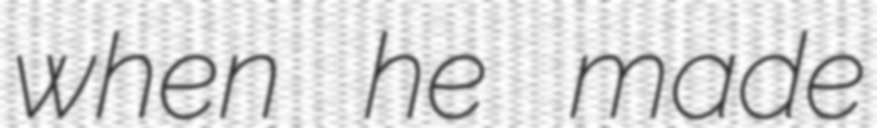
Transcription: when he made